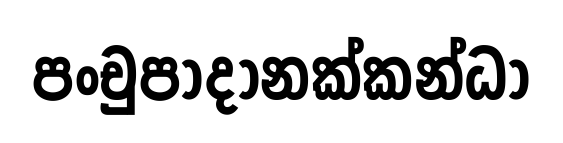
පංචුපාදානක්කන්ධා